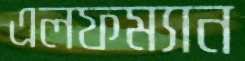
এলফম্যান